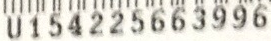
U154225663996